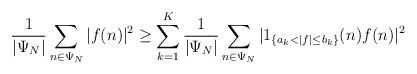
LaTeX: \begin{align*}\frac{1}{|\Psi_N|} \sum_{n \in \Psi_N} |f(n)|^2\ge\sum_{k=1}^K\frac{1}{|\Psi_N|} \sum_{n \in \Psi_N} |1_{\{ a_k < |f| \le b_k \}}(n) f(n)|^2\end{align*}